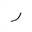
Letter: _ra